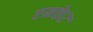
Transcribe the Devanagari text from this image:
एमके२